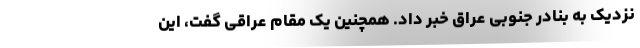
نزدیک به بنادر جنوبی عراق خبر داد. همچنین یک مقام عراقی گفت، این